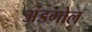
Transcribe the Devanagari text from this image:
अंडगोल